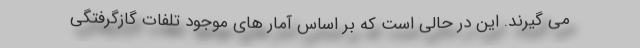
می گیرند. این در حالی است که بر اساس آمار های موجود تلفات گازگرفتگی